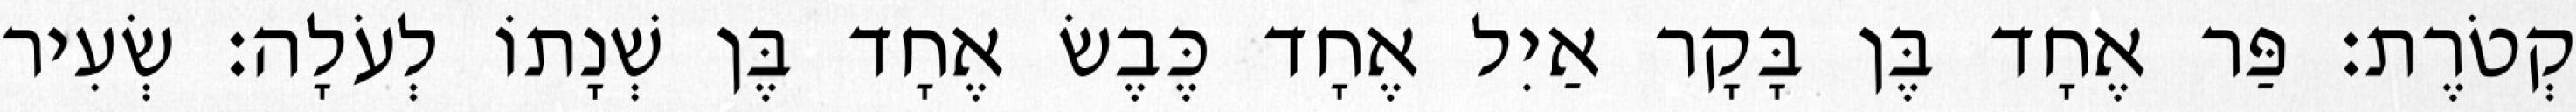
קְטֹרֶת׃ פַּר אֶחָד בֶּן בָּקָר אַיִל אֶחָד כֶּבֶשׂ אֶחָד בֶּן שְׁנָתוֹ לְעֹלָה׃ שְׂעִיר